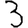
Digit: 3